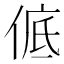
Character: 𪝊